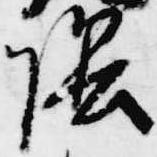
陰